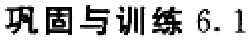
巩固与训练 6.1